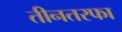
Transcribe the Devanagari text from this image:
तीनतरफा